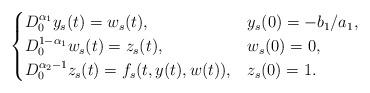
LaTeX: \begin{align*}\begin{cases}D^{\alpha_1}_0y_s(t) = w_s(t), & y_s(0) = -b_1/a_1,\\D^{1-\alpha_1}_0w_s(t) = z_s(t), & w_s(0) = 0,\\D^{\alpha_2-1}_0z_s(t) = f_s(t,y(t),w(t)), & z_s(0) = 1.\end{cases}\end{align*}